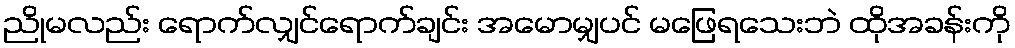
ညိုမလည်း ရောက်လျှင်ရောက်ချင်း အမောမျှပင် မဖြေရသေးဘဲ ထိုအခန်းကို